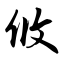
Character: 攸